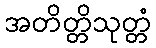
အတိတ္တိသုတ္တံ